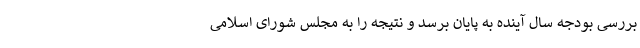
بررسی بودجه سال آینده به پایان برسد و نتیجه را به مجلس شورای اسلامی